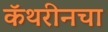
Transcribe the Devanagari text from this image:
कॅथरीनचा